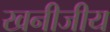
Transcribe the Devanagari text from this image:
खनीजीय